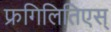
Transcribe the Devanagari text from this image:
फ्रगिलितिएस्